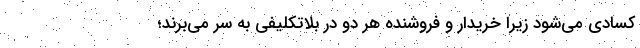
کسادی می‌شود زیرا خریدار و فروشنده هر دو در بلاتکلیفی به سر می‌برند؛